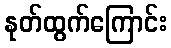
နုတ်ထွက်ကြောင်း